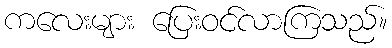
ကလေးများ ပြေးဝင်လာကြသည်။